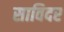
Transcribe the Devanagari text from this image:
साविदर